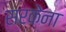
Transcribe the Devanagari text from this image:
सरकेना